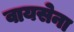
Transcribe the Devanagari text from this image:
वायसेना